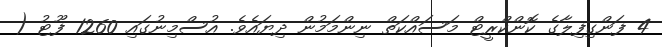
4 ފަންގިފިލާގެ ކޮންކްރީޓް މަސައްކަތް ނިންމަމުން ދިޔައެެވެ. އުސްމިނުގައި 1260 ފޫޓު (